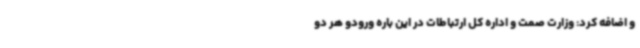
و اضافه کرد: وزارت صمت و اداره کل ارتباطات در این باره ورودو هر دو